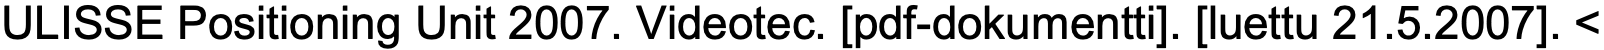
ULISSE Positioning Unit 2007. Videotec. [pdf-dokumentti]. [luettu 21.5.2007]. <